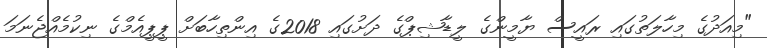
"މިއަދުގެ މިހާލަތުގައި ރައީސް ޔާމީންގެ ލީޑާޝިޕްގެ ދަށުގައި 2018ގެ އިންތިހާބަށް ޕީޕީއެމްގެ ނިކުމެއްޖެނަމަ